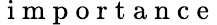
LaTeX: \mathrm{~i~m~p~o~r~t~a~n~c~e~}